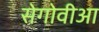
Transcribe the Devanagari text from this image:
सेगोवीआ